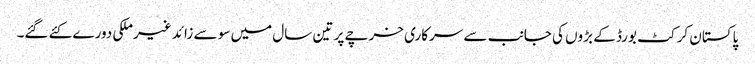
پاکستان کرکٹ بورڈ کے بڑوں کی جانب سے سرکاری خرچے پر تین سال میں سو سے زائد غیرملکی دورے کئے گئے۔